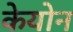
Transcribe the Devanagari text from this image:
केयोन